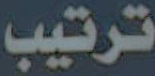
ترتيب